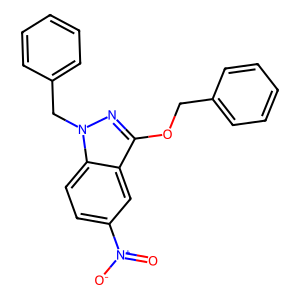
SMILES: O=[N+]([O-])c1ccc2c(c1)c(OCc1ccccc1)nn2Cc1ccccc1
Inhibits HIV replication: No